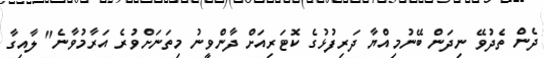
ދެން ތެދުވޭ ނިދަން ބޭނުމިއްޔާ ދަރިފުޅުގެ ކޮޓަރިއަށް ދާންވީނު މިތަނަށްވުރެ އަރާމުވާނެ" ލާއިގާ